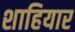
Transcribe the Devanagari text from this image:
शाहियार